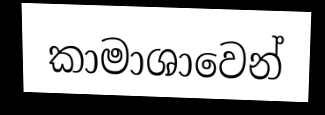
කාමාශාවෙන්